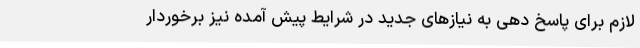
لازم برای پاسخ دهی به نیازهای جدید در شرایط پیش آمده نیز برخوردار